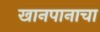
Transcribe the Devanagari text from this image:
खानपानाचा